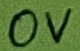
Text: 0V